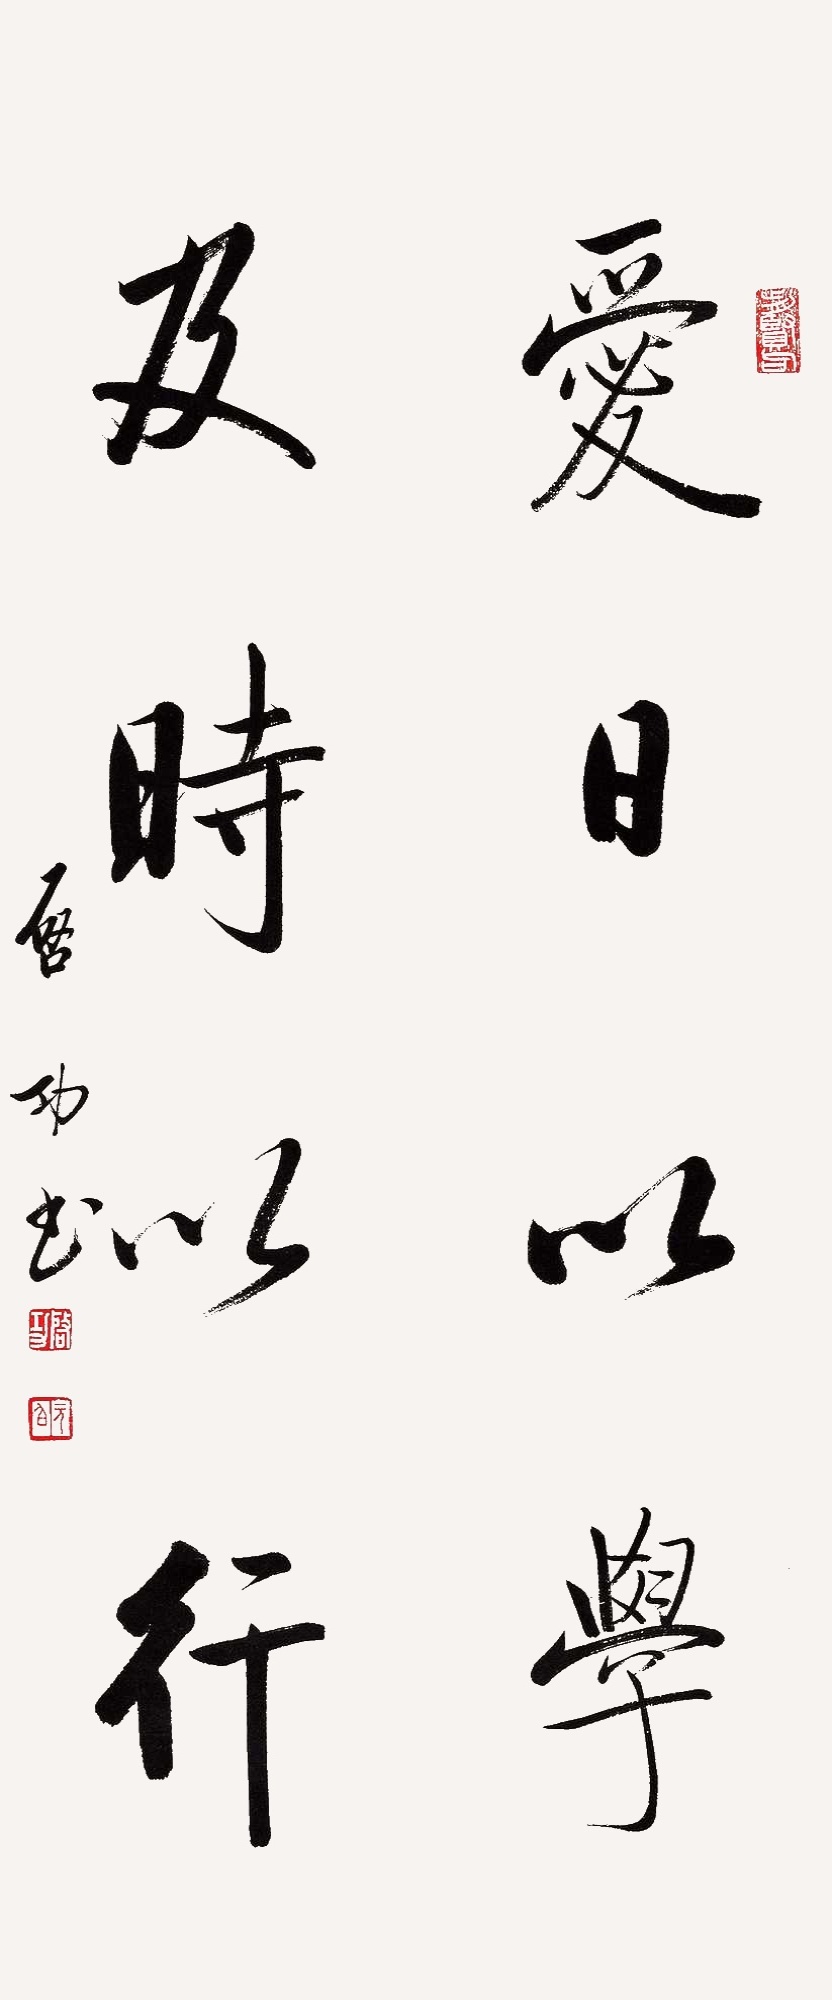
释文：爱日以学，及时以行。启功书。